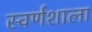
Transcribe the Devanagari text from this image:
स्वर्णशाला